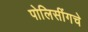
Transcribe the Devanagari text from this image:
पोलिसींगचे